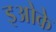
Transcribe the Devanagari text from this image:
इओके